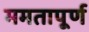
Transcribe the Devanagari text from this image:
ममतापूर्ण